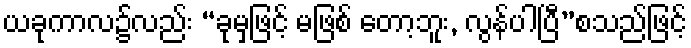
ယခုကာလ၌လည်း “ခုမှဖြင့် မဖြစ် တော့ဘူး, လွန်ပါပြီ”စသည်ဖြင့်